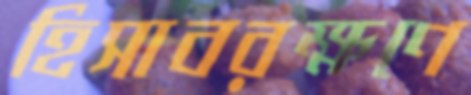
হিসাবরক্ষণে